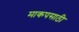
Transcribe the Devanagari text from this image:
माकपसाठी